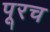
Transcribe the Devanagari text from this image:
पूरच